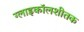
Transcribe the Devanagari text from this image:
ग्लाइकॉलशीतक